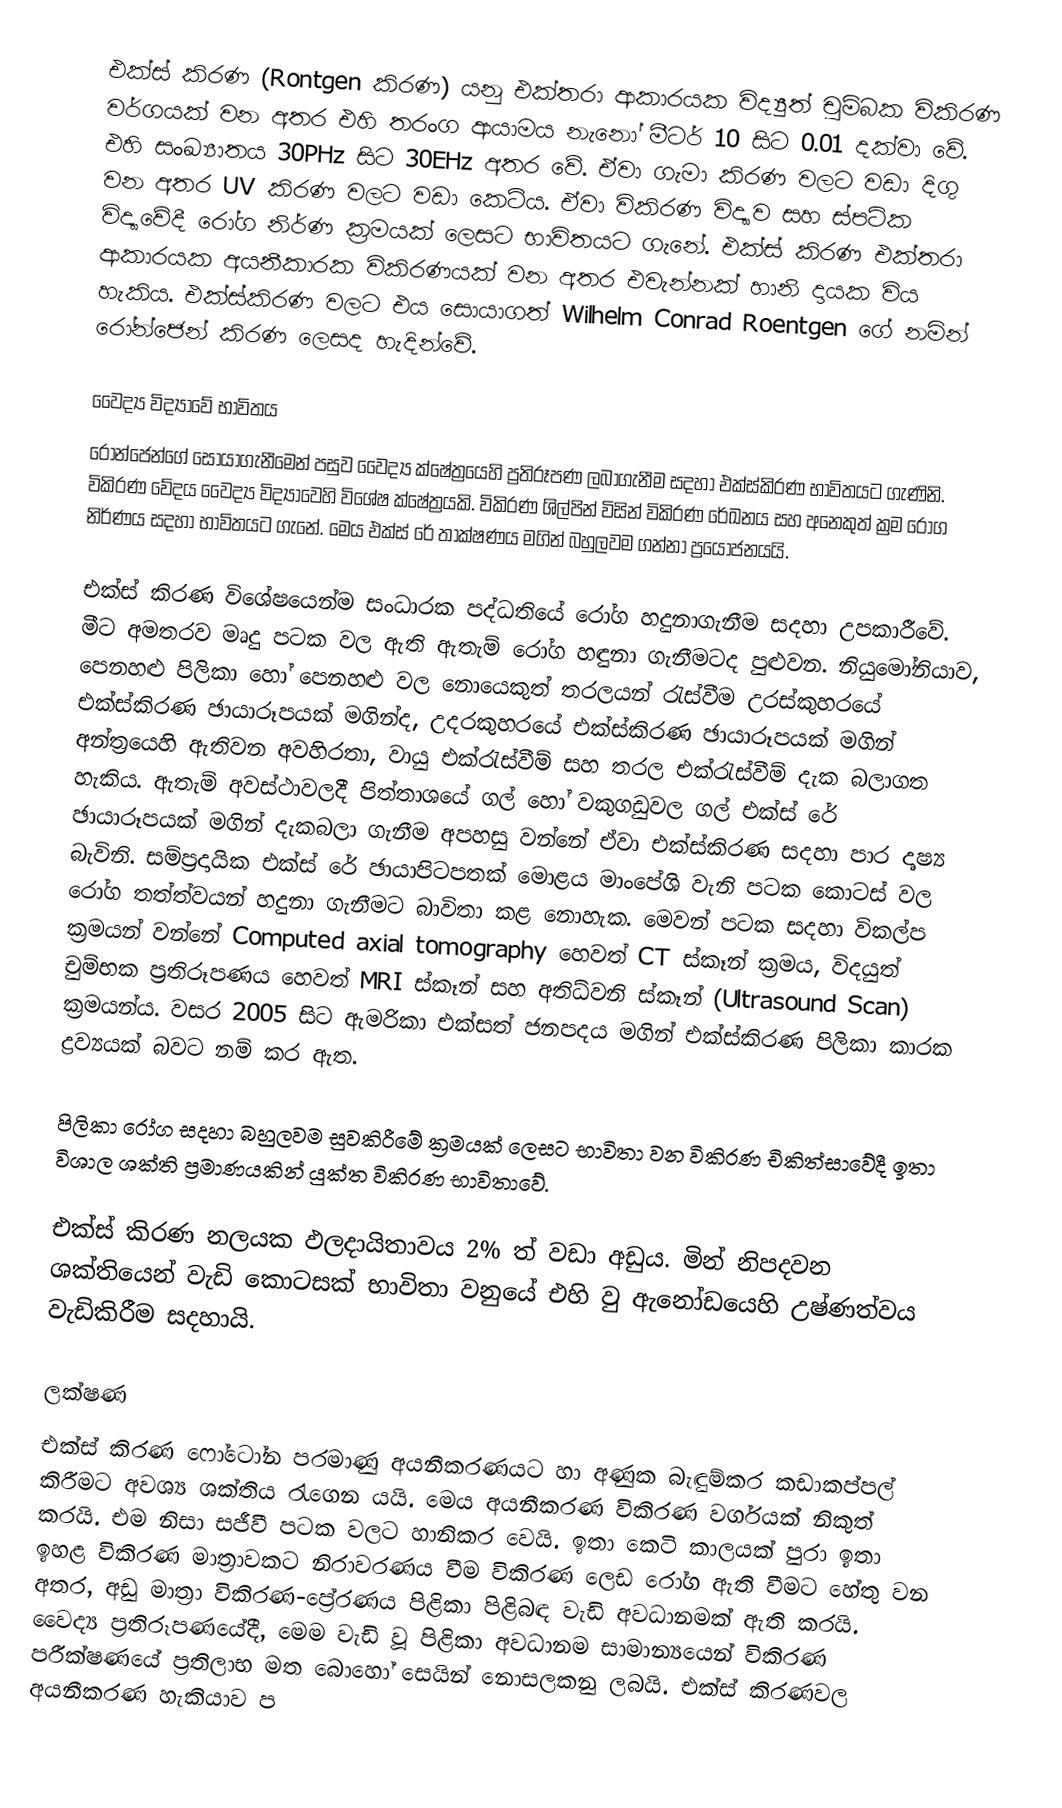
එක්ස් කිරණ (Rontgen කිරණ) යනු එක්තරා ආකාරයක විද්‍යුත් චුම්බක විකිරණ වර්ගයක් වන අතර එහි තරංග ආයාමය නැනෝ මීටර් 10 සිට  0.01 දක්වා වේ. එහි සංඛ්‍යාතය 30PHz සිට 30EHz අතර වේ. ඒවා ගැමා කිරණ වලට වඩා දිගු වන අතර UV කිරණ වලට වඩා කෙටිය. ඒවා විකිරණ විද්‍යාව සහ ස්පටික විද්‍යාවේදී රෝග නිර්ණ ක්‍රමයක් ලෙසට භාවිතයට ගැනේ. එක්ස් කිරණ එක්තරා ආකාරයක අයනීකාරක විකිරණයක් වන අතර එවැන්නක් හානි දායක විය හැකිය. එක්ස්කිරණ වලට එය සොයාගත් Wilhelm Conrad Roentgen ගේ නමින් රෝන්ජෙන් කිරණ ලෙසද හැදින්වේ.

වෛද්‍ය විද්‍යාවේ භාවිතය
රෝන්ජෙන්ගේ සොයාගැනීමෙන් පසුව වෛද්‍ය ක්ෂේත්‍රයෙහි ප්‍රතිරූපණ ලබාගැනීම සදහා එක්ස්කිරණ භාවිතයට ගැණිනි. විකිරණ වේදය වෛද්‍ය විද්‍යාවෙහි විශේෂ ක්ෂේත්‍රයකි.  විකිරණ ශිල්පින් විසින් විකිරණ රේඛනය සහ අනෙකුත් ක්‍රම රෝග නිර්ණය සදහා භාවිතයට ගැනේ. මෙය එක්ස් රේ තාක්ෂණය මගින් බහුලවම ගන්නා ප්‍රයෝජනයයි.

එක්ස් කිරණ විශේෂයෙන්ම සංධාරක පද්ධතියේ රෝග හදුනාගැනීම සදහා උපකාරීවේ. මීට අමතරව මෘදු පටක වල ඇති ඇතැම් රෝග හඳුනා ගැනීමටද පුළුවන. නියුමෝනියාව, පෙනහළු පිලිකා හෝ පෙනහළු වල නොයෙකුත් තරලයන් රැස්වීම උරස්කුහරයේ එක්ස්කිරණ ඡායාරූපයක් මගින්ද, උදරකුහරයේ එක්ස්කිරණ ඡායාරූපයක් මගින් අන්ත්‍රයෙහි ඇතිවන අවහිරතා, වායු එක්රැස්වීම් සහ තරල එක්රැස්වීම් දැක බලාගත හැකිය. ඇතැම් අවස්ථාවලදී පිත්තාශයේ ගල් හෝ වකුගඩුවල ගල් එක්ස් රේ ඡායාරූපයක් මගින් දැකබලා ගැනීම අපහසු වන්නේ ඒවා එක්ස්කිරණ සදහා පාර දෘෂ්‍ය බැවිනි. සම්ප්‍රදායික එක්ස් රේ ඡායාපිටපතක් මොළය මාංපේශි වැනි පටක කොටස් වල රෝග තත්ත්වයන් හදුනා ගැනීමට බාවිතා කළ නොහැක. මෙවන් පටක සදහා විකල්ප ක්‍රමයන් වන්නේ Computed axial tomography හෙවත් CT ස්කෑන් ක්‍රමය, විදයුත් චුම්භක ප්‍රතිරූපණය හෙවත් MRI ස්කෑන් සහ අතිධ්වනි ස්කෑන් (Ultrasound Scan) ක්‍රමයන්ය. වසර 2005 සිට ඇමරිකා එක්සත් ජනපදය මගින් එක්ස්කිරණ පිලිකා කාරක ද්‍රව්‍යයක් බවට නම් කර ඇත.

පිලිකා රෝග සදහා බහුලවම සුවකිරීමේ ක්‍රමයක් ලෙසට භාවිතා වන විකිරණ චිකිත්සාවේදී ඉතා විශාල ශක්ති ප්‍රමාණයකින් යුක්ත විකිරණ භාවිතාවේ.

එක්ස් කිරණ නලයක ඵලදායිතාවය 2% ත් වඩා අඩුය. මින් නිපදවන ශක්තියෙන් වැඩි කොටසක් භාවිතා වනුයේ එහි වු ඇනෝඩයෙහි උෂ්ණත්වය වැඩිකිරීම සදහායි.

ලක්ෂණ
එක්ස් කිරණ ෆෝටෝන පරමාණු අයනීකරණයට හා අණුක බැඳුම්කර කඩාකප්පල් කිරීමට අවශ්‍ය ශක්තිය රැගෙන යයි. මෙය අයනීකරණ විකිරණ වර්ගයක් නිකුත් කරයි. එම නිසා සජීවී පටක වලට හානිකර වෙයි. ඉතා කෙටි කාලයක් පුරා ඉතා ඉහළ විකිරණ මාත්‍රාවකට නිරාවරණය වීම විකිරණ ලෙඩ රෝග ඇති වීමට හේතු වන අතර, අඩු මාත්‍රා විකිරණ-ප්‍රේරණය පිළිකා පිළිබඳ වැඩි අවධානමක් ඇති කරයි. වෛද්‍ය ප්‍රතිරූපණයේදී, මෙම වැඩි වූ පිළිකා අවධානම සාමාන්‍යයෙන් විකිරණ පරීක්ෂණයේ ප්‍රතිලාභ මත බොහෝ සෙයින් නොසලකනු ලබයි. එක්ස් කිරණවල අයනීකරණ හැකියාව ප